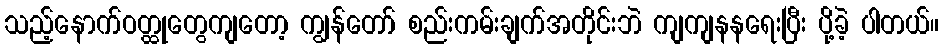
သည့်နောက်ဝတ္ထုတွေကျတော့ ကျွန်တော် စည်းကမ်းချက်အတိုင်းဘဲ ကျကျနနရေးပြီး ပို့ခဲ့ ပါတယ်။